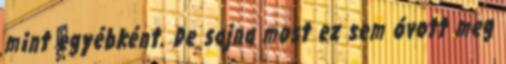
mint egyébként. De sajna most ez sem óvott meg